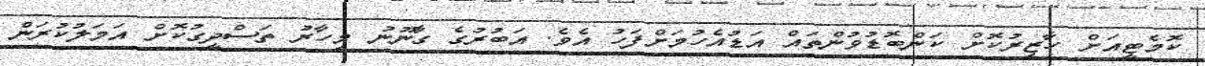
ކޮމެޓީއަށް ހާޒިރުކޮށް ކަންބޮޑުވުންތައް އަޑުއެހުމަށްފަހު އެވެ. އަބުރުގެ ގާނޫނު މިހާރު ތަސްދީގުކޮށް އަމަލުކުރަން